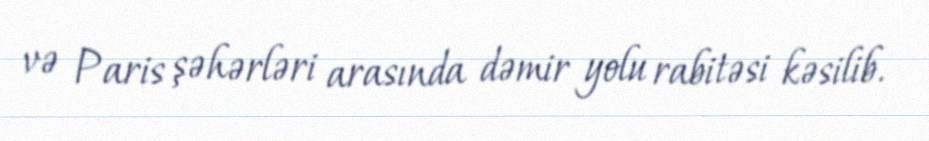
və Paris şəhərləri arasında dəmir yolu rabitəsi kəsilib.